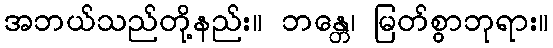
အဘယ်သည်တို့နည်း။ ဘန္တေ၊ မြတ်စွာဘုရား။